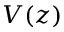
V ( z )